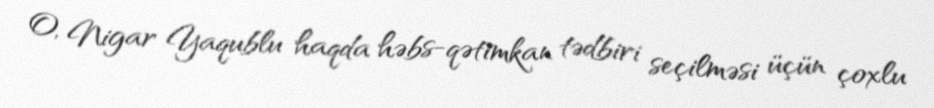
O, Nigar Yaqublu haqda həbs-qətimkan tədbiri seçilməsi üçün çoxlu